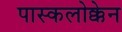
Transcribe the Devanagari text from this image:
पास्कलोक्केन